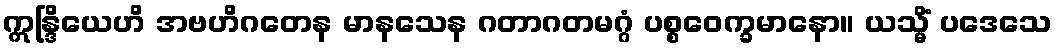
ဣန္ဒြိယေဟိ အဗဟိဂတေန မာနသေန ဂတာဂတမဂ္ဂံ ပစ္စဝေက္ခမာနော။ ယသ္မိံ ပဒေသေ